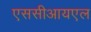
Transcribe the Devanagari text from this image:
एससीआयएल